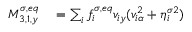
\begin{array} { r } { \begin{array} { r l } { M _ { 3 , 1 , y } ^ { \sigma , e q } } & { { } = \sum _ { i } f _ { i } ^ { \sigma , e q } v _ { i y } ( v _ { i \alpha } ^ { 2 } + \eta _ { i } ^ { \sigma 2 } ) } \end{array} } \end{array}